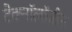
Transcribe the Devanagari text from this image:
टेक्नॉलॉजीस